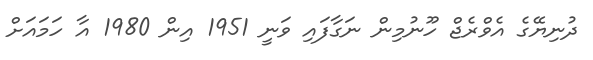
ދުނިޔޭގެ އެވްރެޖް ހޫނުމިން ނަގާފައި ވަނީ 1951 އިން 1980 އާ ހަމައަށް